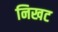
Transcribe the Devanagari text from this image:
निखट